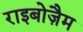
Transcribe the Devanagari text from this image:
राइबोज़ैम